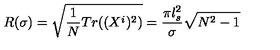
R ( \sigma ) = \sqrt { \frac { 1 } { N } T r ( ( X ^ { i } ) ^ { 2 } ) } = \frac { \pi l _ { s } ^ { 2 } } { \sigma } \sqrt { N ^ { 2 } - 1 }